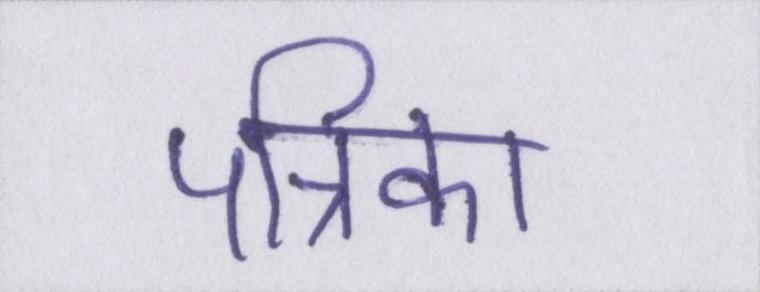
पत्रिका